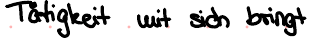
Tätigkeit mit sich bringt